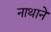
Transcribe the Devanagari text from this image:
नाथाने